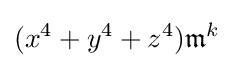
(x^{4}+y^{4}+z^{4}){\mathfrak {m}}^{k}